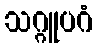
သဂ္ဂူပဂံ